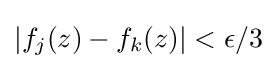
|f_{j}(z)-f_{k}(z)|<\epsilon /3